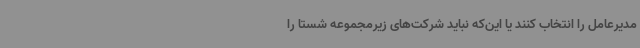
مدیرعامل را انتخاب کنند یا این‌که نباید شرکت‌های زیرمجموعه شستا را